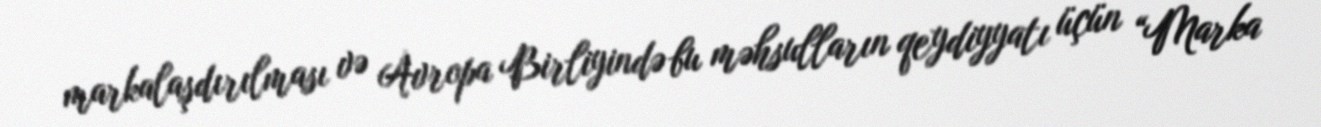
markalaşdırılması və Avropa Birliyində bu məhsulların qeydiyyatı üçün “Marka